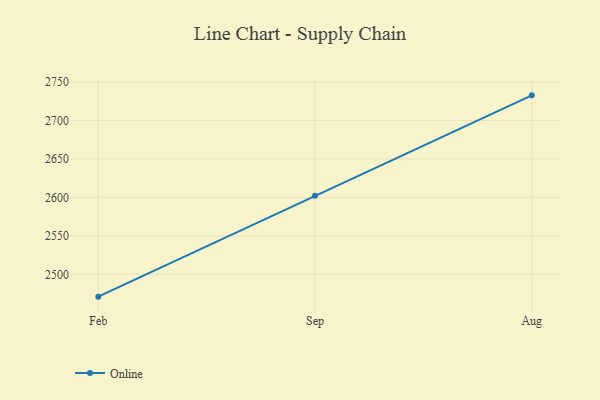
{"axis": {"x": "Month", "y": "Website Visitors"}, "legend": ["Online"], "data": [{"x": "Feb", "y": 2471.0, "type": "Online"}, {"x": "Sep", "y": 2602.0, "type": "Online"}, {"x": "Aug", "y": 2732.6, "type": "Online"}]}